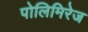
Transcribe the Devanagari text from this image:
पोलिमिरेज